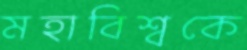
মহাবিশ্বকে